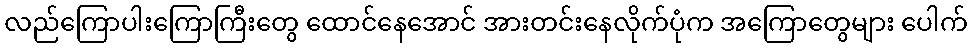
လည်ကြောပါးကြောကြီးတွေ ထောင်နေအောင် အားတင်းနေလိုက်ပုံက အကြောတွေများ ပေါက်